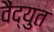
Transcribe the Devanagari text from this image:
वैंद्युत